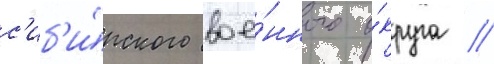
с'иб'и́рского вое́нного о́круга //